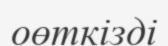
оөткізді